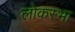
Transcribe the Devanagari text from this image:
लोकस्भा